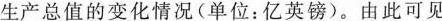
生产总值的变化情况(单位：亿英镑)。由此可见